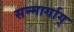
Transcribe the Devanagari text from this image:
सन्मार्गाग्